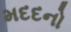
મદદનો